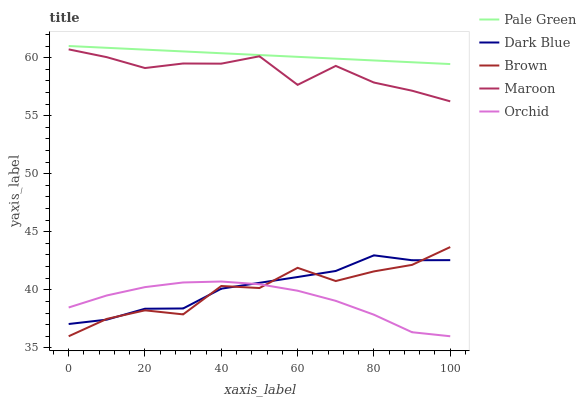
| xaxis_label | Pale Green | Dark Blue | Brown | Maroon | Orchid |
 | --- | --- | --- | --- | --- | --- |
 | 0 | 61 | 37.1 | 36 | 60.7 | 38.5 |
 | 10 | 60.8 | 37.4 | 37.5 | 60 | 39.5 |
 | 20 | 60.7 | 38.4 | 38.2 | 59.1 | 40.2 |
 | 30 | 60.5 | 38.4 | 37.9 | 59.5 | 40.6 |
 | 40 | 60.4 | 40.1 | 40.3 | 59.5 | 40.7 |
 | 50 | 60.2 | 40.6 | 40.2 | 60.1 | 40.5 |
 | 60 | 60.1 | 41.1 | 41.9 | 57.7 | 39.9 |
 | 70 | 59.9 | 41.6 | 40.8 | 59.3 | 39 |
 | 80 | 59.8 | 43 | 41.6 | 57.9 | 37.9 |
 | 90 | 59.6 | 42.5 | 42.1 | 57.1 | 36.3 |
 | 100 | 59.4 | 42.6 | 43.7 | 56.2 | 36 |